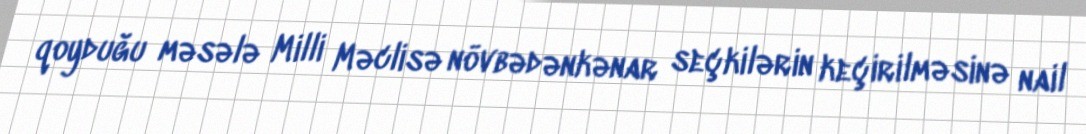
qoyduğu məsələ Milli Məclisə növbədənkənar seçkilərin keçirilməsinə nail